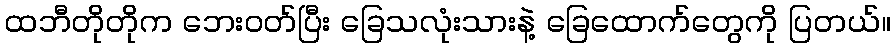
ထဘီတိုတိုက ဘေးဝတ်ပြီး ခြေသလုံးသားနဲ့ ခြေထောက်တွေကို ပြတယ်။